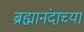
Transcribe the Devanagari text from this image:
ब्रह्मानंदाच्या